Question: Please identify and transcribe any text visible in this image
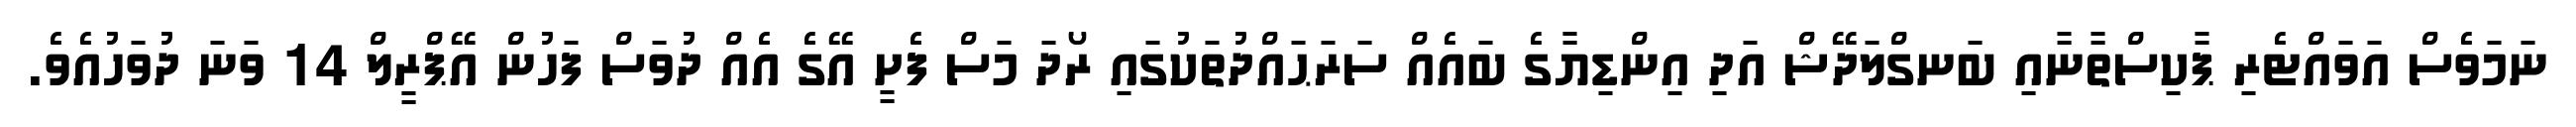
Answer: ނަމަވެސް އަވައްޓެރި ޕާކިސްތާނާއި ބަނގްލަދޭޝް އަދި އިންޑިޔާގެ ބައެއް ސަރަޙައްދުތަކުގައި ރޯދަ މަސް ފެށީ އޭގެ އެއް ދުވަސް ފަހުން އޭޕްރީލް 14 ވަނަ ދުވަހުއެވެ.